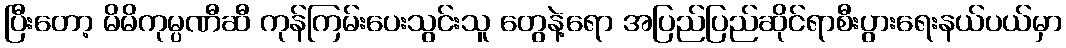
ပြီးတော့ မိမိကုမ္ပဏီဆီ ကုန်ကြမ်းပေးသွင်းသူ တွေနဲ့ရော အပြည်ပြည်ဆိုင်ရာစီးပွားရေးနယ်ပယ်မှာ